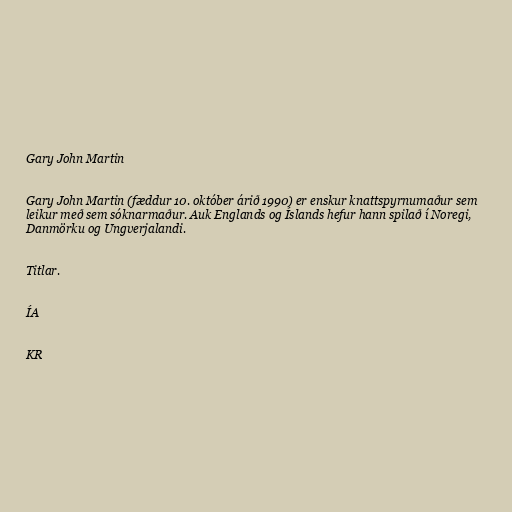
Gary John Martin

Gary John Martin (fæddur 10. október árið 1990) er enskur knattspyrnumaður sem
leikur með sem sóknarmaður. Auk Englands og Íslands hefur hann spilað í Noregi,
Danmörku og Ungverjalandi.

Titlar.

ÍA

KR